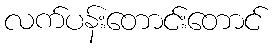
လက်ပန်းတောင်းတောင်